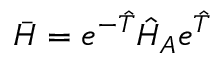
\bar { H } = e ^ { - \hat { T } } \hat { H } _ { A } e ^ { \hat { T } }